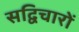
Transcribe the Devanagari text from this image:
सद्विचारों